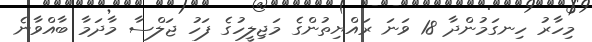
މިހާރު ހިނގަމުންދާ 18 ވަނަ ރައްޔިތުންގެ މަޖިލީހުގެ ފަހު ޖަލްސާ މާދަމާ ބާއްވާނެ